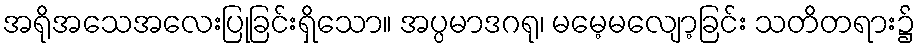
အရိုအသေအလေးပြုခြင်းရှိသော။ အပ္ပမာဒဂရု၊ မမေ့မလျော့ခြင်း သတိတရား၌